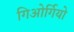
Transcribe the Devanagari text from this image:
गिओर्गियो